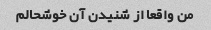
من واقعا از شنیدن آن خوشحالم